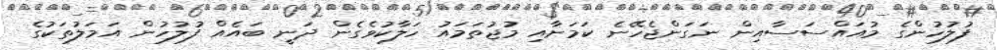
ފުލުހުންގެ މުއައްސަސާއިން ނަގަންޖެހޭނެ ކަމަށާއި މުޖުތަމައު ހަލާކުވެގެން ދަނީ ބައެއް ފުލުހުން އަމަލުތަކުގެ